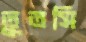
তুতসি